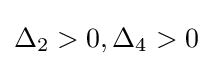
\Delta _{2}>0,\Delta _{4}>0